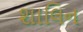
શાલિન